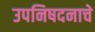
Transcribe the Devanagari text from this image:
उपनिषदनाचे